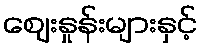
ဈေးနှုန်းများနှင့်